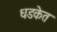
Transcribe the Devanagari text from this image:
धडकेत